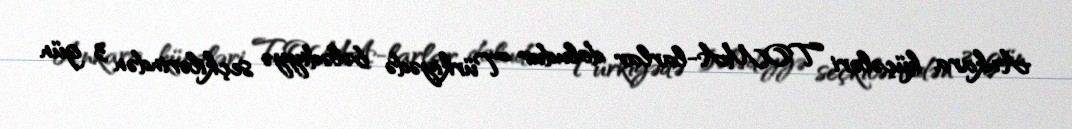
Ankara küçələri TOMA-larlar doludur Türkiyədə bələdiyyə seçkilərindən 3 gün